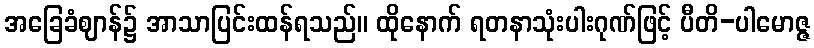
အခြေခံဈာန်၌ အာသာပြင်းထန်ရသည်။ ထိုနောက် ရတနာသုံးပါးဂုဏ်ဖြင့် ပီတိ-ပါမောဇ္ဇ